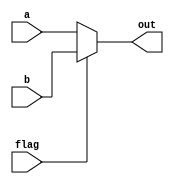
`timescale 1ns / 1ps
//////////////////////////////////////////////////////////////////////////////////
// Company: 
// Engineer: 
// 
// Design Name: 
// Module Name: mux_2
// Project Name: 
// Target Devices: 
// Tool Versions: 
// Description: 
// 
// Dependencies: 
// 
// Revision:
// Revision 0.01 - File Created
// Additional Comments:
// 
//////////////////////////////////////////////////////////////////////////////////


module mux_2(
    input flag,//
    input [31:0] a,//32
    input [31:0] b,//32
    output [31:0] out//
    );
    assign out = flag?b:a;//1ba
endmodule